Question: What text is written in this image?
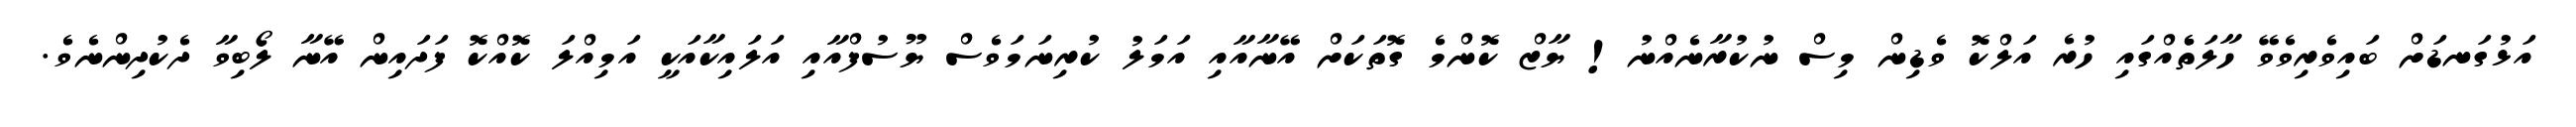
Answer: އަޅުގަނޑަށް ބައިވެރިވެވޭ ހާލަތެެއްގައި ހުރެ އަލްކޮ ވެޑިން މިސް ނުކުރާނެއްނު! ޔާޒް ކޮންމެ ގޮތަކަށް އޭނާއާއި އަމަލު ކުރިނަމަވެސް ޔޫސުފްއާއި އަލައިކާއަކީ އަމިއްލަ ކޮއްކޮ ފަދައިން އޭނާ ލޯބިވާ ދެކުދިންނެވެ.